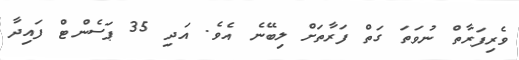
ވެރިފަރާތް ނުވަތަ ގަތް ފަރާތަށް ލިބޭނެ އެވެ. އަދި 35 ޕަސެންޓް ފައިދާ